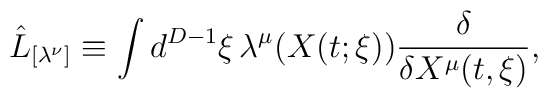
\hat{L}_{[\lambda^{\nu}]} \equiv \int d^{D-1} \xi \, \lambda^{\mu}(X(t; \xi))\frac{\delta}{\delta X^{\mu}(t, \xi)},